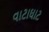
વાટાઘાટ